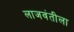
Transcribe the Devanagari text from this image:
लाजवंतीला